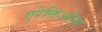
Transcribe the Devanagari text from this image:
एरेक्तिओन्स